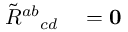
\begin{array} { r l } { \tilde { R } ^ { a b } { } _ { c d } } & { { } = \mathbf { 0 } } \end{array}